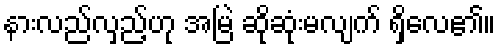
နားလည်လှည့်ဟု အမြဲ ဆိုဆုံးမလျက် ရှိလေ၏။